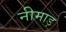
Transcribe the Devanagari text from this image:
नीमाड़